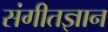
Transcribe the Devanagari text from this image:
संगीतज्ञान